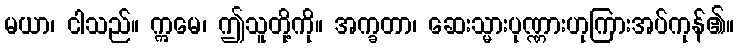
မယာ၊ ငါသည်။ ဣမေ၊ ဤသူတို့ကို။ အက္ခတာ၊ ဆေးသ္မားပုဏ္ဏားဟုကြားအပ်ကုန်၏။